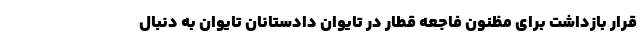
قرار بازداشت برای مظنون فاجعه قطار در تایوان دادستانان تایوان به دنبال